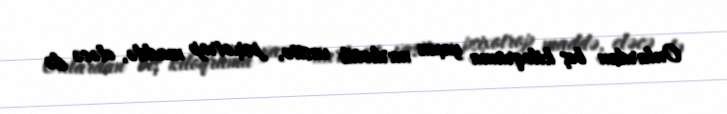
Onlardan beş kiloqrama yaxın narkotik vasitə, psixotrop maddə, eləcə də